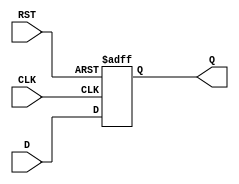
module StoreRegister (
    input wire [N-1:0] D,   // Data input
    input wire CLK,         // Clock signal
    input wire RST,         // Reset signal
    output reg [N-1:0] Q    // Data output
);
    parameter N = 8;        // Width of the register, can be adjusted as needed

    // Sequential logic for the Store Register
    always @(posedge CLK or posedge RST) begin
        if (RST) begin
            Q <= {N{1'b0}};   // Asynchronous reset to 0
        end else begin
            Q <= D;           // Latch the data input on clock edge
        end
    end

endmodule